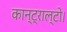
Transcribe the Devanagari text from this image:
कान्ट्राल्टो।